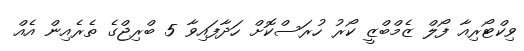
ވިކްޓޯރިއާ ފޯލް ޒެމްބްޒީ ކޯރު ހުރަސްކޮށް ހަދާފައިވާ 5 ބްރިޖްގެ ތެރެއިން އެއް